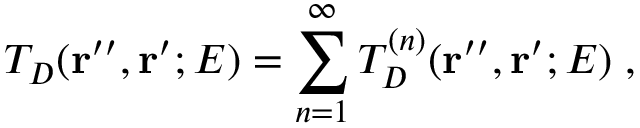
T _ { D } ( { \bf r ^ { \prime \prime } } , { \bf r ^ { \prime } } ; E ) = \sum _ { n = 1 } ^ { \infty } T _ { D } ^ { ( n ) } ( { \bf r ^ { \prime \prime } } , { \bf r ^ { \prime } } ; E ) \; ,